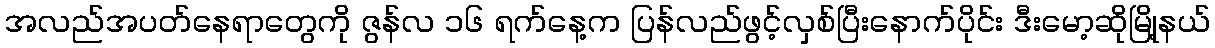
အလည်အပတ်နေရာတွေကို ဇွန်လ ၁၆ ရက်နေ့က ပြန်လည်ဖွင့်လှစ်ပြီးနောက်ပိုင်း ဒီးမော့ဆိုမြို့နယ်